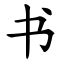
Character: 书